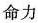
命力